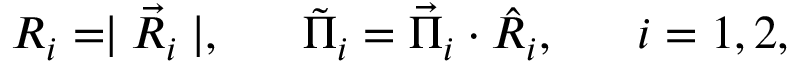
R _ { i } = \mid \vec { R } _ { i } \mid , \; \; \; \; \; \; \tilde { \Pi } _ { i } = \vec { \Pi } _ { i } \cdot \hat { R } _ { i } , \; \; \; \; \; \; i = 1 , 2 ,